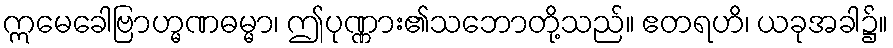
ဣမေခေါဗြာဟ္မဏဓမ္မာ၊ ဤပုဏ္ဏား၏သဘောတို့သည်။ ဧတရဟိ၊ ယခုအခါ၌။